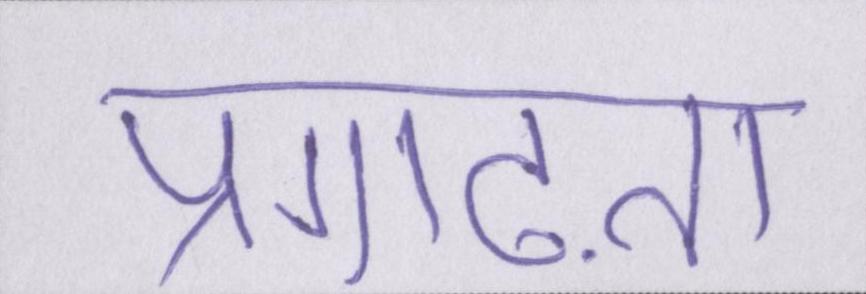
प्रगाढ़ता